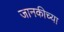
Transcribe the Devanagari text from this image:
जानकीच्या